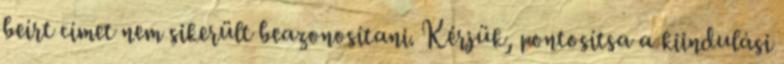
beírt címet nem sikerült beazonosítani. Kérjük, pontosítsa a kiindulási